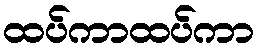
ထပ်ကာထပ်ကာ